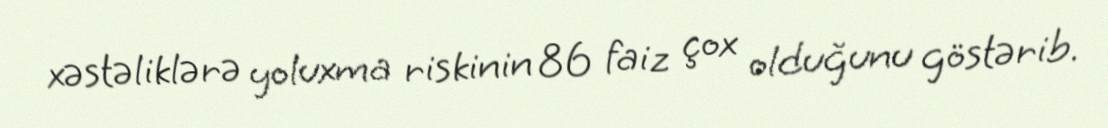
xəstəliklərə yoluxma riskinin 86 faiz çox olduğunu göstərib.